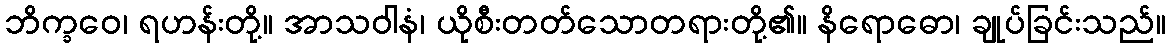
ဘိက္ခဝေ၊ ရဟန်းတို့။ အာသဝါနံ၊ ယိုစီးတတ်သောတရားတို့၏။ နိရောဓော၊ ချုပ်ခြင်းသည်။